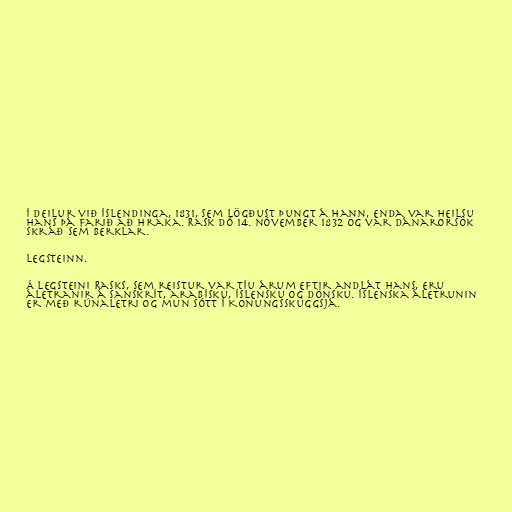
í deilur við Íslendinga, 1831, sem lögðust þungt á hann, enda var heilsu
hans þá farið að hraka. Rask dó 14. nóvember 1832 og var dánarorsök
skráð sem berklar.

Legsteinn.

Á legsteini Rasks, sem reistur var tíu árum eftir andlát hans, eru
áletranir á sanskrít, arabísku, íslensku og dönsku. Íslenska áletrunin
er með rúnaletri og mun sótt í Konungsskuggsjá.